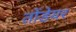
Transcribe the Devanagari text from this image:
तोंडेयर